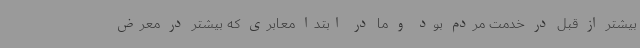
بیشتر از قبل در خدمت مردم بود و ما در ابتدا معابری که بیشتر در معرض